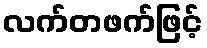
လက်တဖက်ဖြင့်